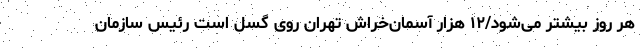
هر روز بیشتر می‌شود/۱۲ هزار آسمان‌خراش تهران روی گسل است رئیس سازمان